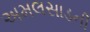
અમલસાડની